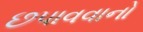
છપાવવાનો